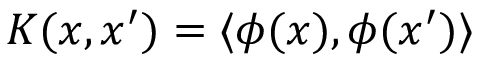
K ( x , x ^ { \prime } ) = \langle \phi ( x ) , \phi ( x ^ { \prime } ) \rangle